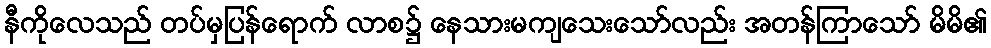
နီကိုလေသည် တပ်မှပြန်ရောက် လာစ၌ နေသားမကျသေးသော်လည်း အတန်ကြာသော် မိမိ၏